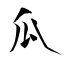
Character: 瓜